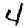
Digit: 4